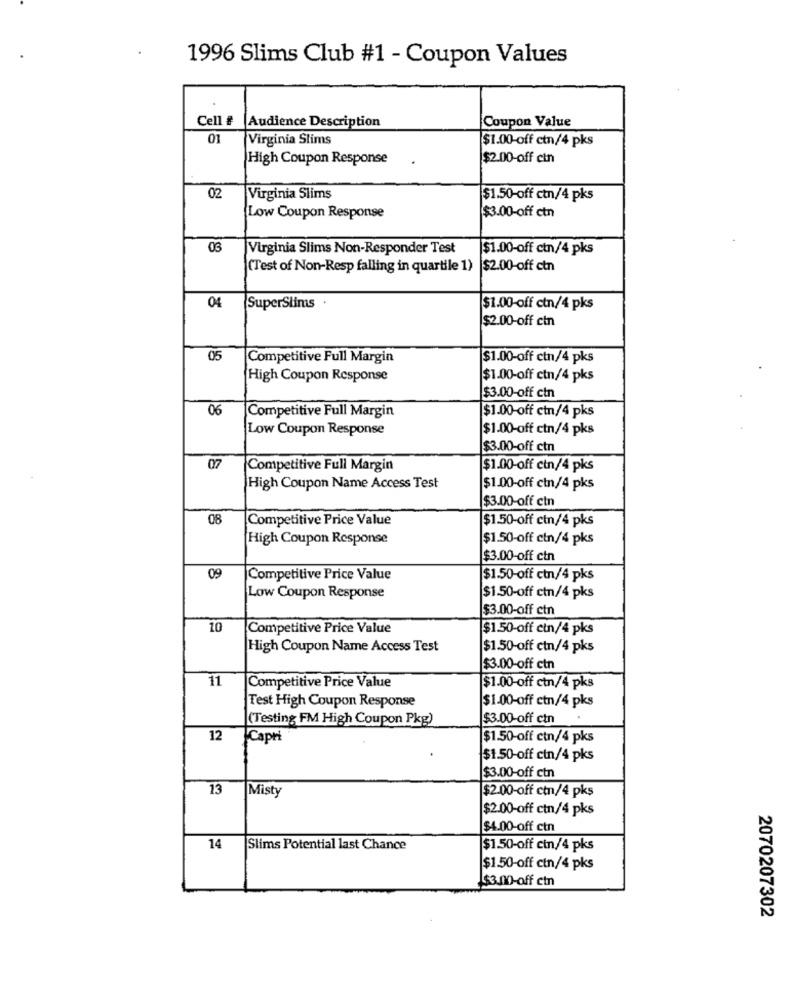
1996 Slims Club #1 - Coupon Values
Cell #
Audience Description
Coupon Value
01
Virginia Slims
$1.00-off ctn/4 pks
High Coupon Response
$2.00-off cin
02
Virginia Slims
$1.50-off ctn/4 pks
Low Coupon Response
$3.00-off ctn
03
Virginia Slims Non-Responder Test
$1.00-off ctn/4 pks
(Test of Non-Resp falling in quartile 1) |$2.00-off ctn
04
SuperSlims .
$1.00-off ctn/4 pks
$2.00-off cin
05
Competitive Full Margin
$1.00-off ctn/4 pks
High Coupon Response
$1.00-off ctn/4 pks
$3.00-off ctn
06
$1.00-off ctn/4 pks
Competitive Full Margin
Low Coupon Response
$1.00-off ctn/4 pks
$3.00-off ctn
07
Competitive Full Margin
$1.00-off ctn/4 pks
High Coupon Name Access Test
$1.00-off ctn/4 pks
$3.00-off ctn
08
Competitive Price Value
$1.50-off ctn/4 pks
High Coupon Response
$1.50-off ctn/4 pks
$3.00-off ctn
09
Competitive Price Value
$1.50-off ctn/4 pks
Low Coupon Response
$1.50-off ctn/4 pks
$3.00-off ctn
10
Competitive Price Value
$1.50-off ctn/4 pks
High Coupon Name Access Test
$1.50-off ctn/4 pks
$3.00-off ctn
11
Competitive Price Value
$1.00-off ctn/4 pks
$1-00-off ctn/4 pks
Test High Coupon Response
(Testing FM High Coupon Pkg)
$3.00-off ctn
12
Capri
$1.50-off ctn/4 pks
$1.50-off ctn/4 pks
$3.00-off ctn
13
Misty
$2.00-off ctn/4 pkş
$2.00-off ctn/4 pks
$4.00-off ctn
14
Slims Potential last Chance
$1.50-off cin/4 pks
$1.50-off ctn/4 pks
$3.00-off ctn
2070207302